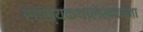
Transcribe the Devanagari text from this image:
रहस्यकथालेखकांना